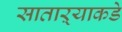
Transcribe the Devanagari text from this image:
साताऱ्याकडे